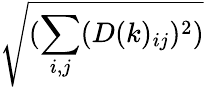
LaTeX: \sqrt{(\sum_{i,j}(D(k)_{ij})^{2})}